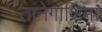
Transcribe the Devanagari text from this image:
तानेगाशिमा